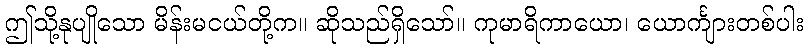
ဤသို့နုပျိုသော မိန်းမငယ်တို့က။ ဆိုသည်ရှိသော်။ ကုမာရိကာယော၊ ယောင်္ကျားတစ်ပါး